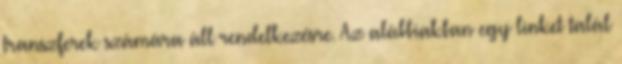
transzferek számára áll rendelkezésre. Az alábbiakban egy linket talál